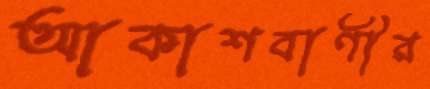
আকাশবাণীর